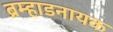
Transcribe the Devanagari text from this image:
ब्रम्हाडनायक